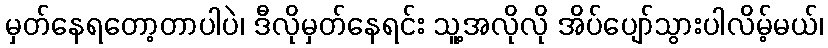
မှတ်နေရတော့တာပါပဲ၊ ဒီလိုမှတ်နေရင်း သူ့အလိုလို အိပ်ပျော်သွားပါလိမ့်မယ်၊